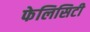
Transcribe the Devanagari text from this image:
फेलिसिटी